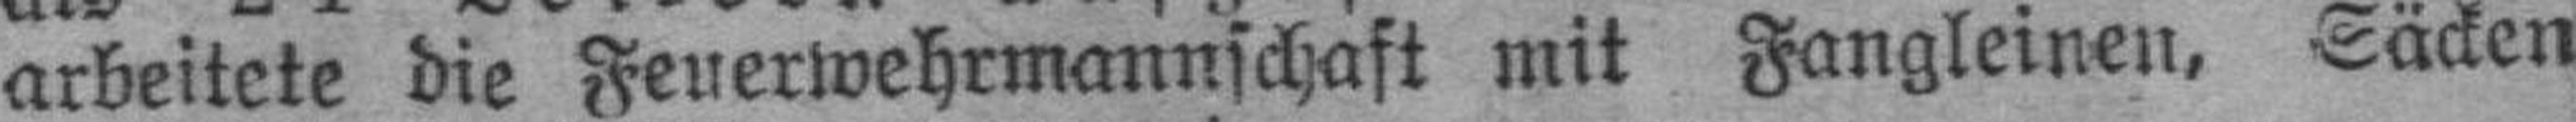
arbeitete die Feuerwehrmannschaft mit Fangleinen, Säcken